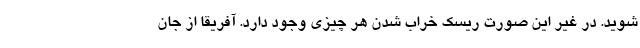
شوید. در غیر این صورت ریسک خراب شدن هر چیزی وجود دارد. آفریقا از جان